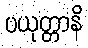
ပယုတ္တာနိ